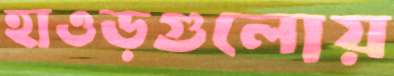
হাওড়গুলোয়